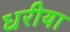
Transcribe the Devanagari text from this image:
धरीया